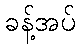
ခန့်အပ်